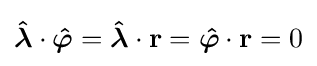
{\boldsymbol {\hat {\lambda }}}\cdot {\boldsymbol {\hat {\varphi }}}={\boldsymbol {\hat {\lambda }}}\cdot \mathbf {r} ={\boldsymbol {\hat {\varphi }}}\cdot \mathbf {r} =0